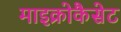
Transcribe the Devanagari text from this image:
माइक्रोकैसेट